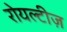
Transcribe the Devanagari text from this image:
रोयल्टीज़